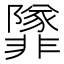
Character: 𩈁